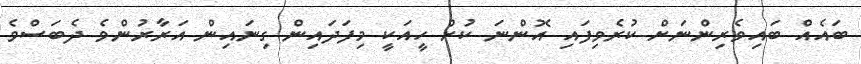
ބައެއް ބައިވެރިންނަށް ކުރެވިފައި އޮންނަ ކުށް ހީއަކީ މިފަދައިން ގިނައިން އަރާރުންވެ ދެބަސްވެ